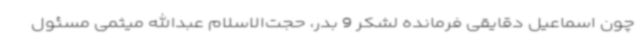
چون اسماعیل دقایقی فرمانده لشکر 9 بدر، حجت‌الاسلام عبدالله میثمی مسئول